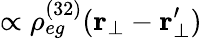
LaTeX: \propto\rho_{eg}^{(32)}(\mathbf{r}_{\bot}-\mathbf{r}_{\bot}^{\prime})